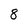
Character: 8